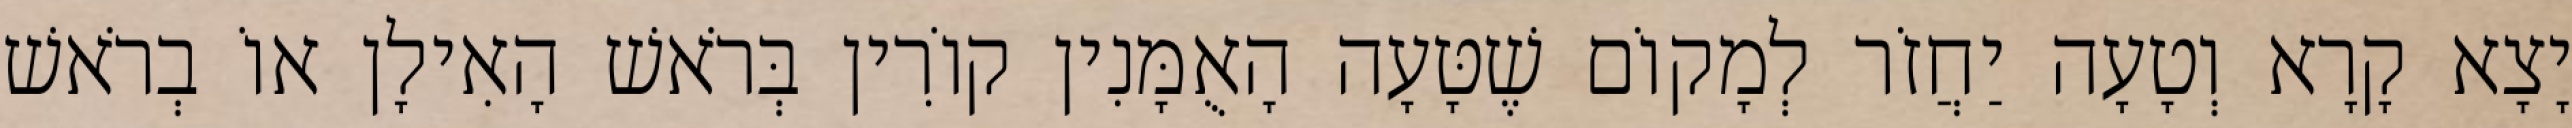
יָצָא קָרָא וְטָעָה יַחֲזֹר לְמָקוֹם שֶׁטָּעָה הָאֻמָּנִין קוֹרִין בְּרֹאשׁ הָאִילָן אוֹ בְרֹאשׁ